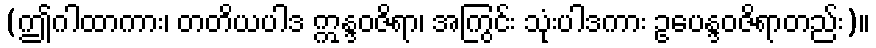
(ဤဂါထာကား၊ တတိယပါဒ ဣန္ဒဝဇိရာ၊ အကြွင်း သုံးပါဒကား ဥပေန္ဒဝဇိရာတည်း)။